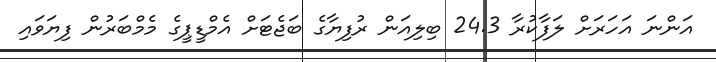
އަންނަ އަހަރަށް ލަފާކުރާ 24.3 ބިލިއަން ރުފިޔާގެ ބަޖެޓަށް އެމްޑީޕީގެ މެމްބަރުން ފިޔަވައި